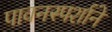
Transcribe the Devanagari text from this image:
पावनस्पर्शाने